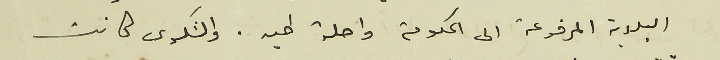
البلدية المرفوعة الى الحكومة واصلة طيه. والشكوى كانت